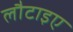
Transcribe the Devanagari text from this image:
लौटाइए